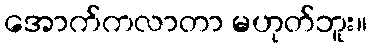
အောက်ကလာတာ မဟုတ်ဘူး။